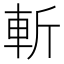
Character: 斬